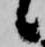
候